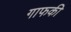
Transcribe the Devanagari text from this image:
गाफकी